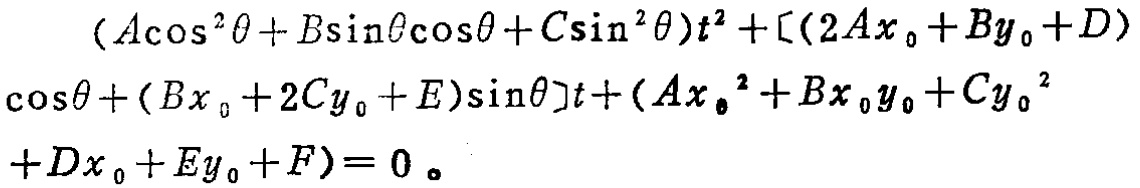
\((A\cos^{2}\theta + B\sin\theta\cos\theta + C\sin^{2}\theta)t^{2}+[(2Ax_{0}+By_{0}+D)\cos\theta+(Bx_{0}+2Cy_{0}+E)\sin\theta]t+(Ax_{0}^{2}+Bx_{0}y_{0}+Cy_{0}^{2}+Dx_{0}+Ey_{0}+F)=0。\)